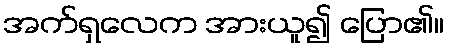
အက်ရှလေက အားယူ၍ ပြော၏။